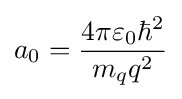
a_{0}={\frac {4\pi \varepsilon _{0}\hbar ^{2}}{m_{q}q^{2}}}